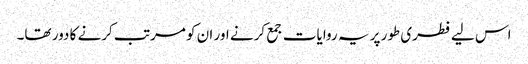
اس لیے فطری طور پر یہ روایات جمع کرنے اور ان کو مرتب کرنے کا دور تھا۔